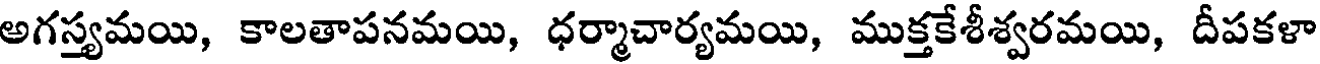
అగస్త్యమయి, కాలతాపనమయి, ధర్మాచార్యమయి, ముక్తకేశీశ్వరమయి, దీపకళా